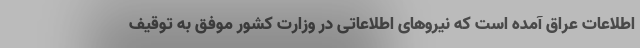
اطلاعات عراق آمده است‌ که نیروهای اطلاعاتی در وزارت کشور موفق به توقیف